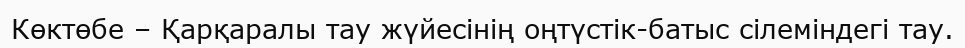
Көктөбе – Қарқаралы тау жүйесінің оңтүстік-батыс сілеміндегі тау.